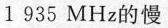
1935MHz的慢